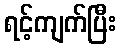
ရင့်ကျက်ပြီး